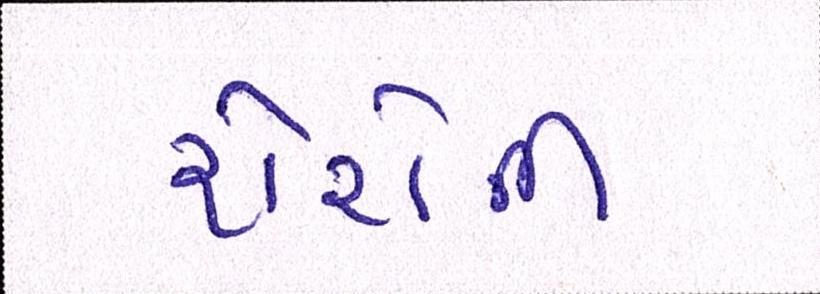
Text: શેરોની